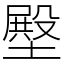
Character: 壂